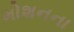
મોશનના